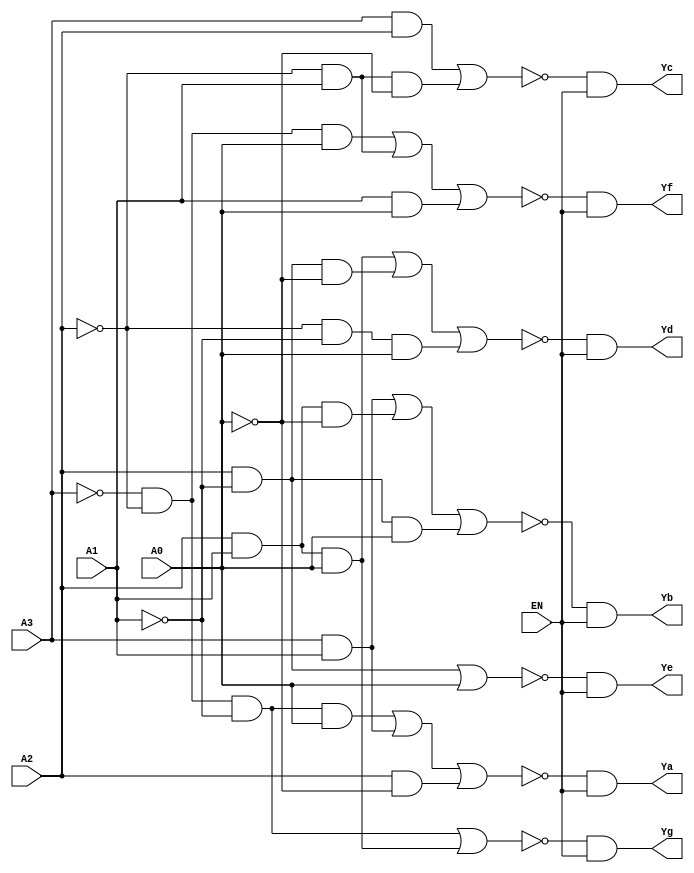
module Seven_Segment_Decoders(EN,A0,A1,A2,A3,Ya,Yb,Yc,Yd,Ye,Yf,Yg);
input EN,A0,A1,A2,A3;
output Ya,Yb,Yc,Yd,Ye,Yf,Yg;
assign Ya = !((!A3)&(!A2)&(!A1)&A0 | A3&A1 | A2&(!A0)) & EN;
assign Yb = !(A3&A1 | A2&A1&(!A0) | A2&(!A1)&A0) & EN;
assign Yc = !(A3&A2 | (!A2)&A1&(!A0)) & EN;
assign Yd = !(A2&A1&A0 | A2&(!A1)&(!A0) | (!A2)&(!A1)&A0) & EN;
assign Ye = !(A2&(!A1) | A0) & EN;
assign Yf = !((!A3)&(!A2)&A0 | (!A2)&A1 | A1&A0) & EN;
assign Yg = !((!A3)&(!A2)&(!A1) | A2&A1&A0) & EN;
endmodule